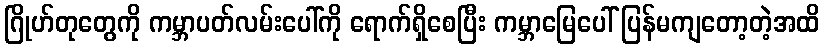
ဂြိုဟ်တုတွေကို ကမ္ဘာပတ်လမ်းပေါ်ကို ရောက်ရှိစေပြီး ကမ္ဘာမြေပေါ် ပြန်မကျတော့တဲ့အထိ